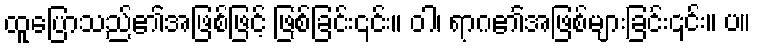
ထူပြောသည်၏အဖြစ်ဖြင့် ဖြစ်ခြင်း၎င်း။ ဝါ၊ ရာဂ၏အဖြစ်များခြင်း၎င်း။ ပ။